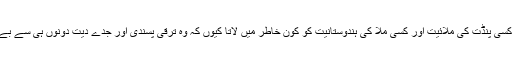
ایسے میں کسی پنڈت کی ملّائیت اور کسی ملّاؔ کی ہندوستانیت کو کون خاطر میں لاتا کیوں کہ وہ ترقی پسندی اور جدے دیت دونوں ہی سے بے زار تھے۔